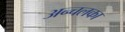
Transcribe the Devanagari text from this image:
अन्चलका